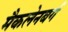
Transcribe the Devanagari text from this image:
मैकलेनबर्ग